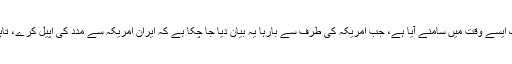
واضح رہے کہ سابق امریکی نائب صدر و موجودہ صدارتی امیدوار کی طرف سے یہ مطالبہ ایک ایسے وقت میں سامنے آیا ہے، جب امریکہ کی طرف سے بارہا یہ بیان دیا جا چکا ہے کہ ایران امریکہ سے مدد کی اپیل کرے، تاہم کرونا کے پھیلاؤ کے باوجود امریکہ ایران پر عائد اپنی پابندیوں میں کوئی تبدیلی نہیں لائے گا۔